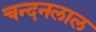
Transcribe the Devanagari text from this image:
चन्दनलाल